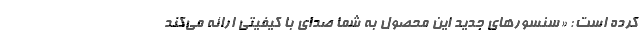
کرده است: «سنسورهای جدید این محصول به شما صدای با کیفیتی ارائه می‌کند